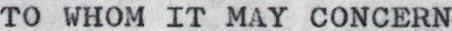
TO WHOM IT MAY CONCERN